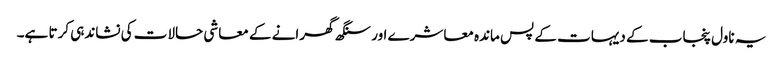
یہ ناول پنجاب کے دیہات کے پس ماندہ معاشرے اور سنگھ گھرانے کے معاشی حالات کی نشاندہی کرتا ہے۔